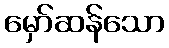
မှော်ဆန်သော